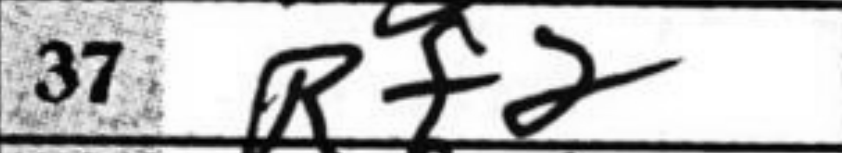
Transcription: Rf2